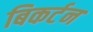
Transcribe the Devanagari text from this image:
बिकर्टन